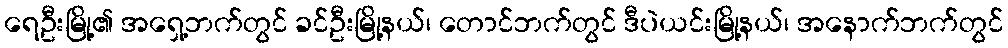
ရေဦးမြို့၏ အရှေ့ဘက်တွင် ခင်ဦးမြို့နယ်၊ တောင်ဘက်တွင် ဒီပဲယင်းမြို့နယ်၊ အနောက်ဘက်တွင်